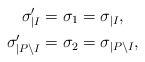
LaTeX: \begin{align*}\sigma'_{\mid I}&=\sigma_1=\sigma_{\mid I},\\\sigma'_{\mid P\setminus I}&=\sigma_2=\sigma_{\mid P\setminus I},\end{align*}